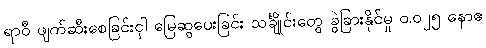
ရာဝီ ဖျက်ဆီးစေခြင်းငှါ မြေဆွပေးခြင်း သင်္ချိုင်းတွေ ခွဲခြားနိုင်မှု ၀.၀၂၅ နောဧ